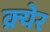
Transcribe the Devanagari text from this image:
क्र्येर